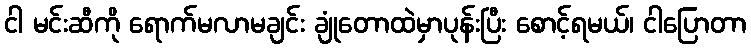
ငါ မင်းဆီကို ရောက်မလာမချင်း ချုံတောထဲမှာပုန်းပြီး စောင့်ရမယ်၊ ငါပြောတာ